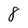
Character: 8